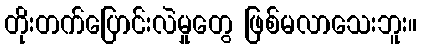
တိုးတက်ပြောင်းလဲမှုတွေ ဖြစ်မလာသေးဘူး။